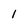
Character: 1